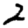
Digit: 2